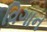
વિગાન